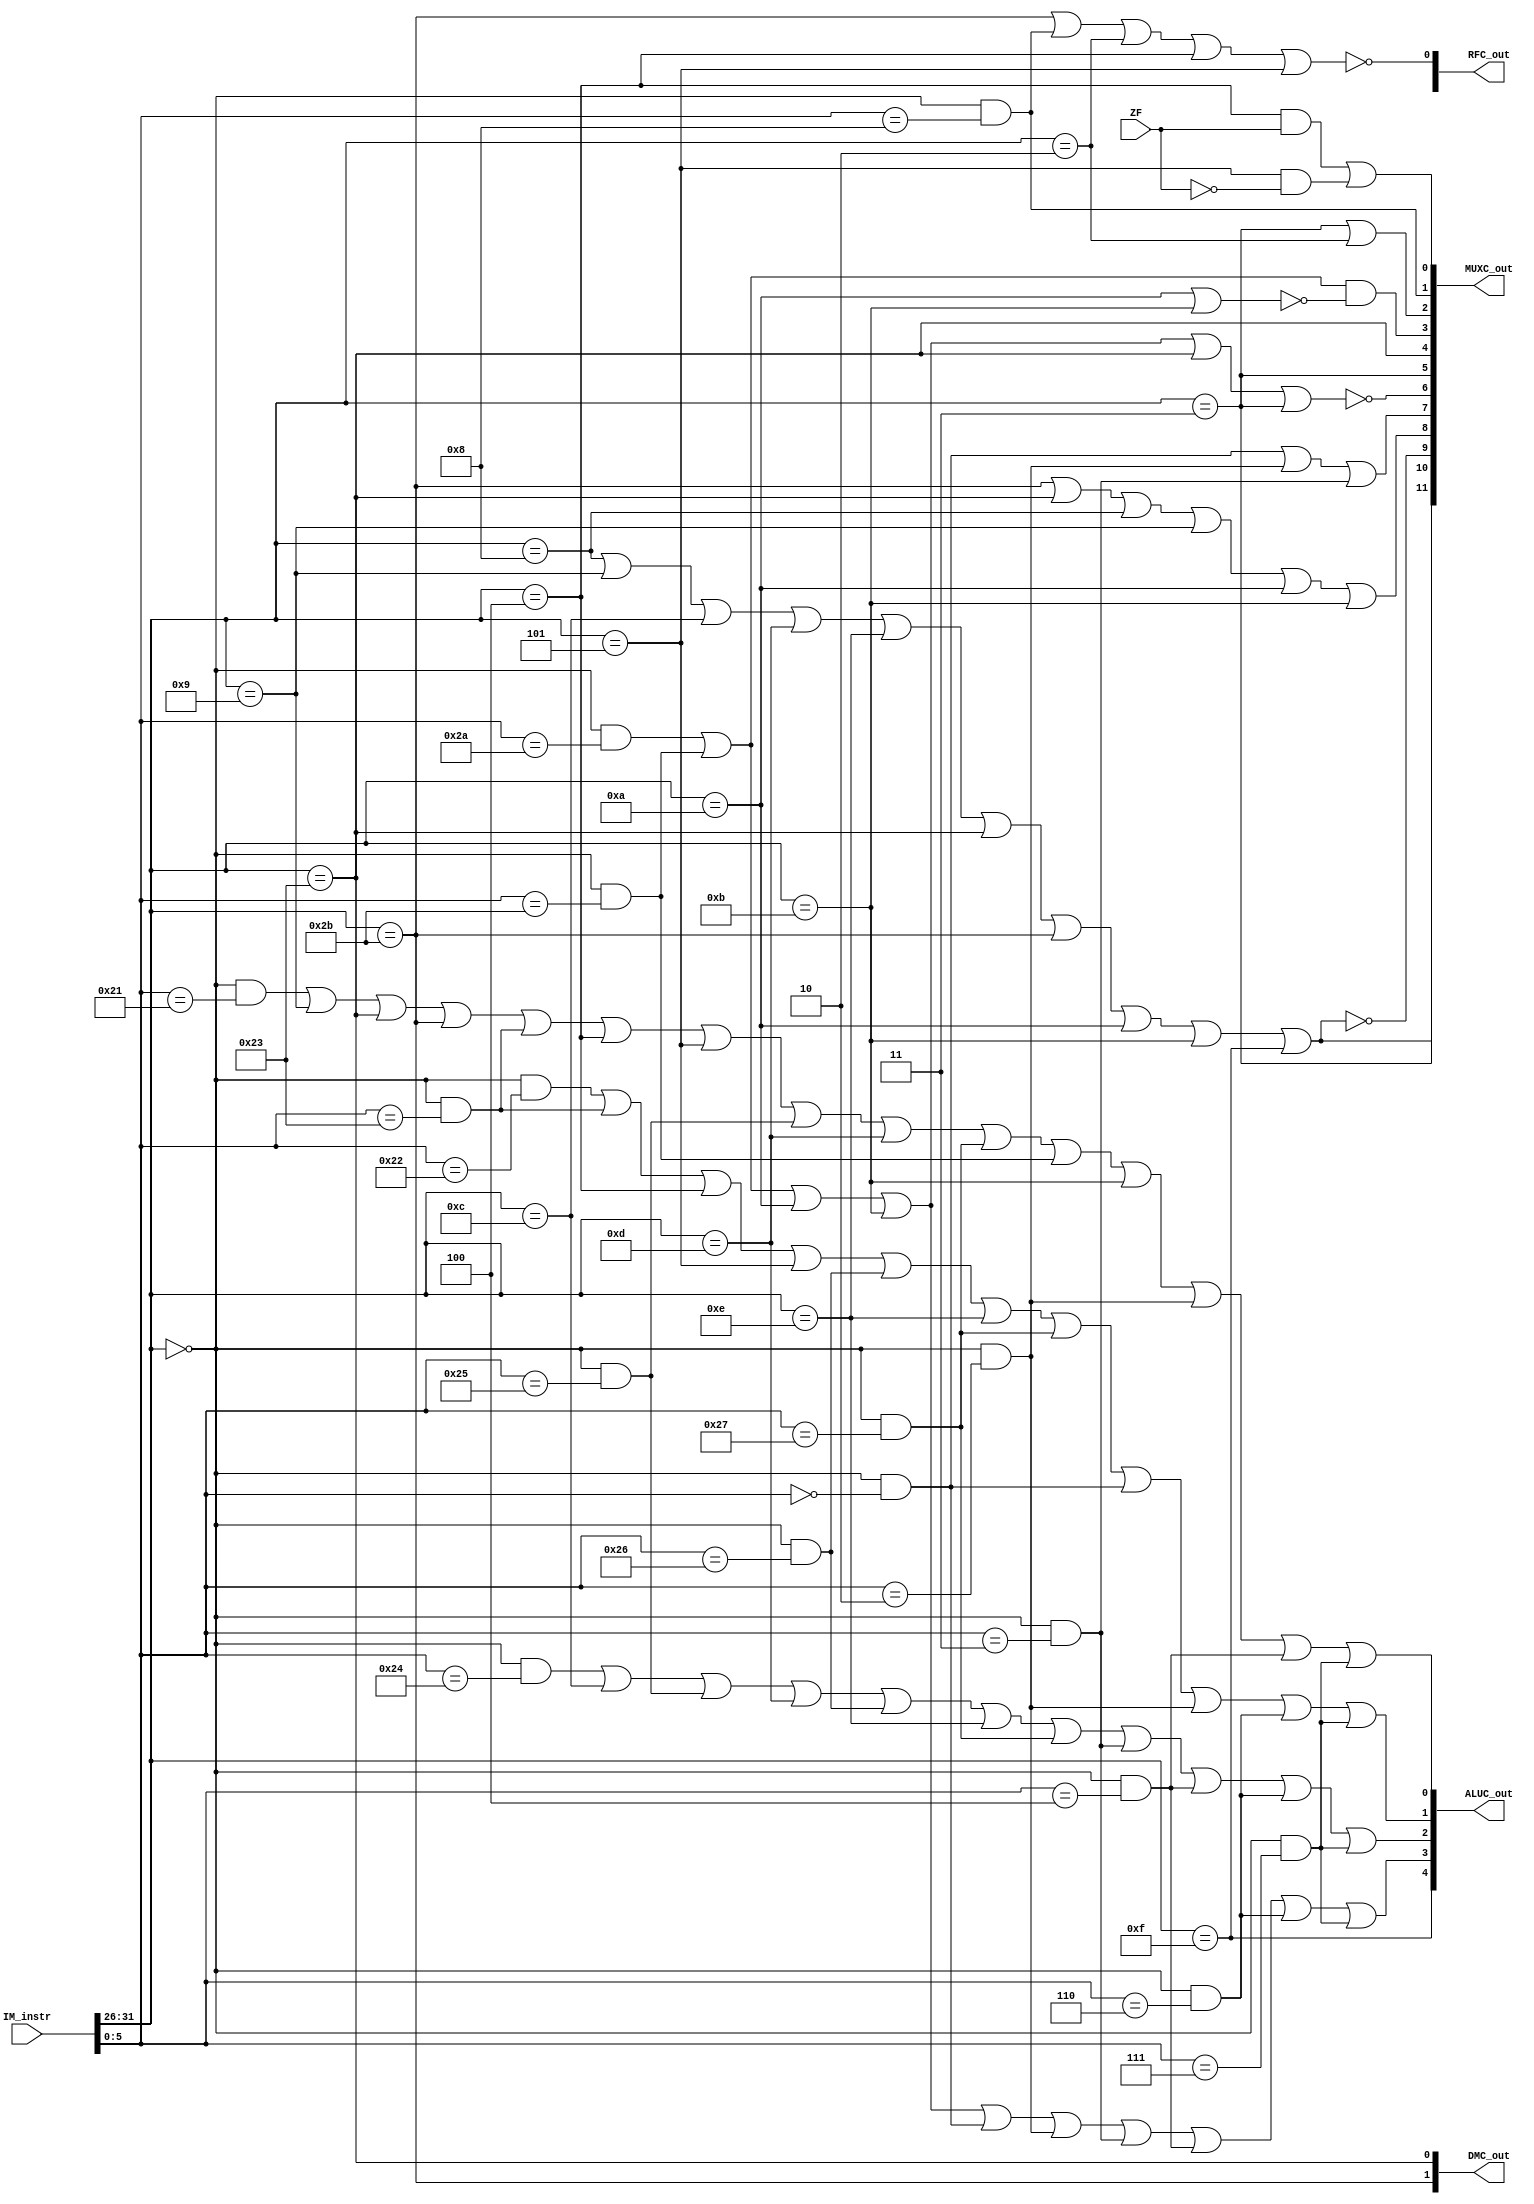
`timescale 1ns / 1ps
//////////////////////////////////////////////////////////////////////////////////
// Company: 
// Engineer: 
// 
// Design Name: 
// Module Name: Controller
// Project Name: 
// Target Devices: 
// Tool Versions: 
// Description: 
// 
// Dependencies: 
// 
// Revision:
// Revision 0.01 - File Created
// Additional Comments:
// 
//////////////////////////////////////////////////////////////////////////////////


module Controller(
    input [31:0] IM_instr,
    input ZF,
    output [4:0] ALUC_out,
    output [13:0] MUXC_out,
    output [1:0] DMC_out,
    output [1:0] RFC_out
    );
        
    wire add_, addu_, sub_, subu_, and_, or_, xor_, nor_;
    wire slt_, sltu_, sll_, srl_, sra_, sllv_, srlv_, srav_, jr_;
    assign add_ = (IM_instr[31:26] == 6'b000_000 && IM_instr[5:0] == 6'b100_000);
    assign addu_ = (IM_instr[31:26] == 6'b000_000 && IM_instr[5:0] == 6'b100_001);
    assign sub_ = (IM_instr[31:26] == 6'b000_000 && IM_instr[5:0] == 6'b100_010);
    assign subu_ = (IM_instr[31:26] == 6'b000_000 && IM_instr[5:0] == 6'b100_011);
    assign and_ = (IM_instr[31:26] == 6'b000_000 && IM_instr[5:0] == 6'b100_100);
    assign or_ = (IM_instr[31:26] == 6'b000_000 && IM_instr[5:0] == 6'b100_101);
    assign xor_ = (IM_instr[31:26] == 6'b000_000 && IM_instr[5:0] == 6'b100_110);
    assign nor_ = (IM_instr[31:26] == 6'b000_000 && IM_instr[5:0] == 6'b100_111);
    assign slt_ = (IM_instr[31:26] == 6'b000_000 && IM_instr[5:0] == 6'b101_010);
    assign sltu_ = (IM_instr[31:26] == 6'b000_000 && IM_instr[5:0] == 6'b101_011);
    assign sll_ = (IM_instr[31:26] == 6'b000_000 && IM_instr[5:0] == 6'b000_000);
    assign srl_ = (IM_instr[31:26] == 6'b000_000 && IM_instr[5:0] == 6'b000_010);
    assign sra_ = (IM_instr[31:26] == 6'b000_000 && IM_instr[5:0] == 6'b000_011);
    assign sllv_ = (IM_instr[31:26] == 6'b000_000 && IM_instr[5:0] == 6'b000_100);
    assign srlv_ = (IM_instr[31:26] == 6'b000_000 && IM_instr[5:0] == 6'b000_110);
    assign srav_ = (IM_instr[31:26] == 6'b000_000 && IM_instr[5:0] == 6'b000_111);
    assign jr_ = (IM_instr[31:26] == 6'b000_000 && IM_instr[5:0] == 6'b001_000);
    
    wire addi_, addiu_, andi_, ori_, xori_, lw_, sw_, beq_, bne_;
    wire slti_, sltiu_, lui_;
    assign addi_ = (IM_instr[31:26] == 6'b001_000);
    assign addiu_ = (IM_instr[31:26] == 6'b001_001);
    assign andi_ = (IM_instr[31:26] == 6'b001_100);
    assign ori_ = (IM_instr[31:26] == 6'b001_101);
    assign xori_ = (IM_instr[31:26] == 6'b001_110);
    assign lw_ = (IM_instr[31:26] == 6'b100_011);
    assign sw_ = (IM_instr[31:26] == 6'b101_011);
    assign beq_ = (IM_instr[31:26] == 6'b000_100);
    assign bne_ = (IM_instr[31:26] == 6'b000_101);
    assign slti_ = (IM_instr[31:26] == 6'b001_010);
    assign sltiu_ = (IM_instr[31:26] == 6'b001_011);
    assign lui_ = (IM_instr[31:26] == 6'b001_111);

    wire j_, jal_;
    assign j_ = (IM_instr[31:26] == 6'b000_010);
    assign jal_ = (IM_instr[31:26] == 6'b000_011);
    
    // ALUC
    assign ALUC_out[4] = lui_;
    assign ALUC_out[3] = slt_ || sltu_ || slti_ || sltiu_ || sll_ || srl_ || sra_ || sllv_ || srlv_ || srav_;
    assign ALUC_out[2] = and_ || andi_ || or_ || ori_ || xor_ || xori_ || nor_ || sra_ || sllv_ || srlv_ || srav_;
    assign ALUC_out[1] = sub_ || subu_ || beq_ || bne_ || xor_ || xori_ || nor_ || sll_ || srl_ || srlv_ || srav_;
    assign ALUC_out[0] = addu_ || addiu_ || lw_ || sw_ || subu_ || beq_ || bne_ || or_ || ori_ || nor_ || sltu_ || sltiu_ || srl_ || sllv_ || srav_;
    
    // DMEM
    assign DMC_out[1] = sw_;
    assign DMC_out[0] = lw_;
    
    // RegFile
    assign RFC_out[0] = !(sw_ || jr_ || j_ || beq_ || bne_);

    // pc MUX
    assign MUXC_out[0] = (beq_ && ZF) || (bne_ && !ZF); // 0 is pc+4, 1 is ext18 + npc
    assign MUXC_out[1] = jr_; // 1 is jr, 0 is beq | bne
    assign MUXC_out[2] = (jal_ || j_); // 1 is jal | j, 0 is jr or beq | bne

    // rd MUX
    assign MUXC_out[3] = (slt_ || sltu_) && !(slti_ || sltiu_); // 1 is SF, 0 is CF
    assign MUXC_out[4] = lw_; // 1 is lw, 0 is slt | sltu | slti | sltiu;
    assign MUXC_out[5] = jal_; // 1 is jal, 0 is lw | slt | sltu | slti | sltiu
    assign MUXC_out[6] = !(slt_ || sltu_ || slti_ || sltiu_ || lw_ || jal_);

    // alu a MUX
    assign MUXC_out[7] = (sll_ || srl_ || sra_); // 1 is sll | srl | sra, 0 is others

    // alu b MUX
    assign MUXC_out[8] = sw_ || lw_ || addi_ || addiu_ || slti_ || sltiu_; // sign ext16
    assign MUXC_out[9] = !(addi_ || addiu_ || andi_ || ori_ || xori_ || lw_ || sw_ || slti_ || sltiu_ || lui_);
    
    // rdc MUX
    assign MUXC_out[10] = MUXC_out[5]; // cos jal need change rdc to 31
    assign MUXC_out[11] = !MUXC_out[9]; // muxc[11] == 1 means I type, while 0 means R type instructions

endmodule